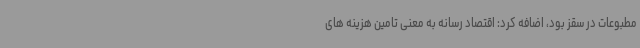
مطبوعات در سقز بود، اضافه کرد: اقتصاد رسانه به معنی تامین هزینه های